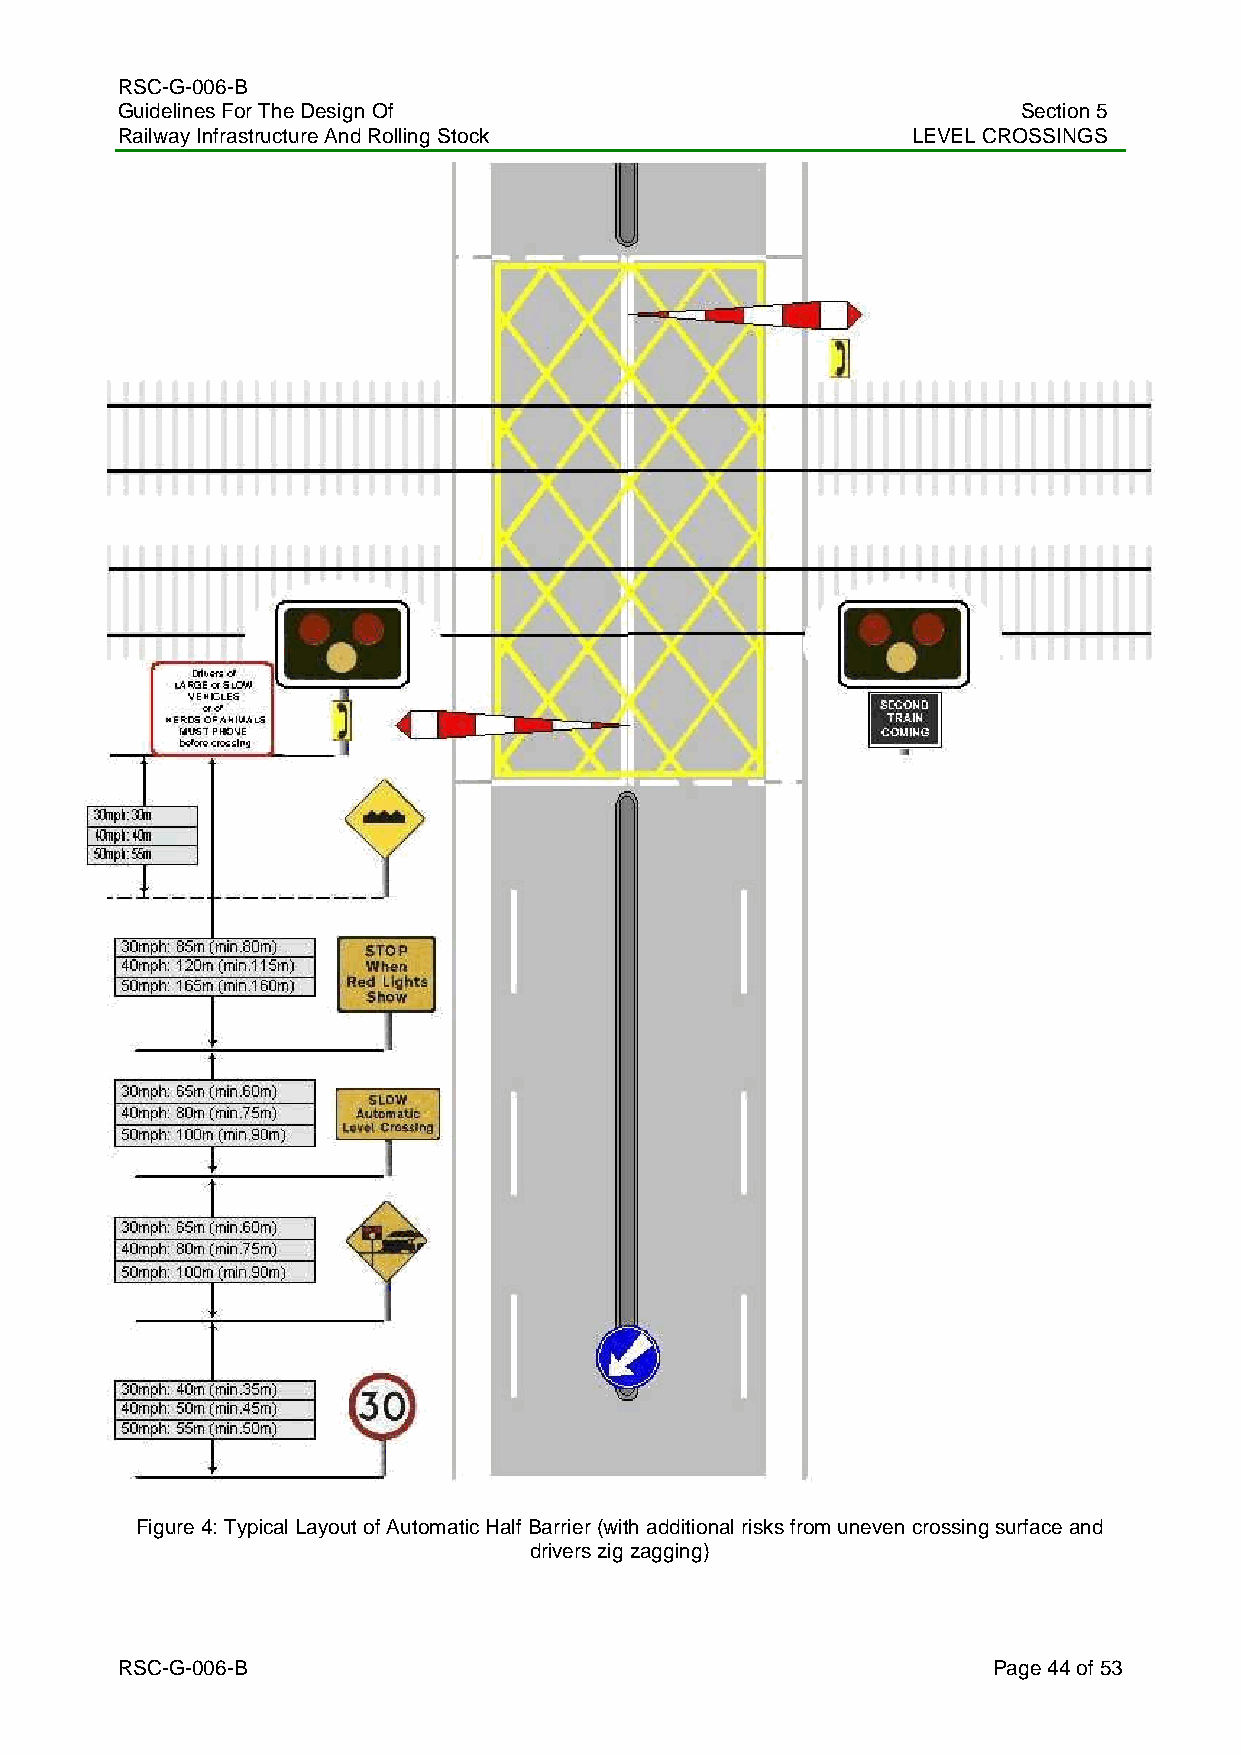
RSC-G-006-B
 Guidelines For The Design Of                                Section 5
 Railway Infrastructure And Rolling Stock            LEVEL CROSSINGS
 Figure 4: Typical Layout of Automatic Half Barrier (with additional risks from uneven crossing surface and
 drivers zig zagging)
 RSC-G-006-B                                               Page 44 of 53